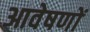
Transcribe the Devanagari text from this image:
आवेषणों